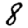
Digit: 8